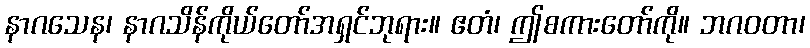
နာဂသေန၊ နာဂသိန်ကိုယ်တော်အရှင်ဘုရား။ ဧတံ၊ ဤစကားတော်ကို။ ဘဂဝတာ၊